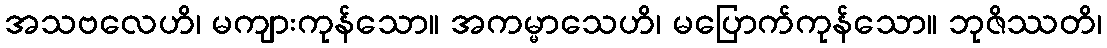
အသဗလေဟိ၊ မကျားကုန်သော။ အကမ္မာသေဟိ၊ မပြောက်ကုန်သော။ ဘုဇိဿတိ၊